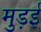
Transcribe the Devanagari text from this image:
मुड़ई